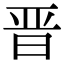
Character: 晋